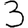
Digit: 3